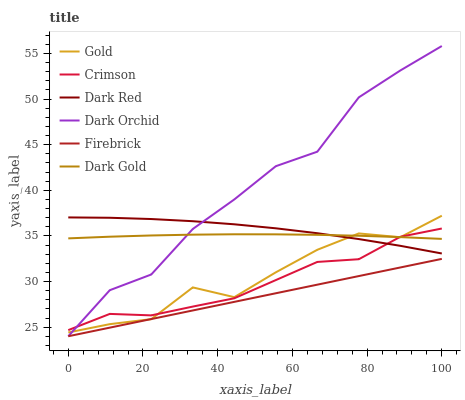
| xaxis_label | Gold | Crimson | Dark Red | Dark Orchid | Firebrick | Dark Gold |
 | --- | --- | --- | --- | --- | --- | --- |
 | 0 | 24.4 | 24.7 | 37 | 24 | 24 | 34.7 |
 | 11.1 | 25.3 | 26.4 | 37 | 29 | 24.9 | 34.9 |
 | 22.2 | 25.9 | 26.3 | 36.9 | 30.8 | 25.9 | 35 |
 | 33.3 | 29.4 | 27.3 | 36.6 | 35.8 | 26.8 | 35.1 |
 | 44.4 | 28.3 | 28.2 | 36.3 | 39 | 27.8 | 35.2 |
 | 55.6 | 31 | 30.2 | 35.8 | 42.6 | 28.7 | 35.2 |
 | 66.7 | 33.5 | 32.1 | 35.3 | 44.2 | 29.7 | 35.1 |
 | 77.8 | 35.3 | 32.4 | 34.7 | 50.2 | 30.6 | 35 |
 | 88.9 | 34.9 | 34.9 | 33.9 | 53.1 | 31.5 | 34.9 |
 | 100 | 37.2 | 35.8 | 33.1 | 55.8 | 32.5 | 34.7 |